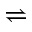
\rightleftharpoons